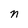
Character: n